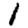
Digit: 1